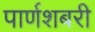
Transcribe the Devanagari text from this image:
पार्णशबरी